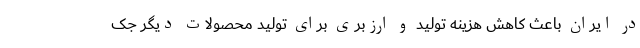
در ایران باعث کاهش هزینه تولید و ارزبری برای تولید محصولات دیگر جک